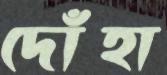
দোঁহা